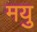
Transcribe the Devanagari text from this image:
मयु